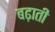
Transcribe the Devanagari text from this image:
बढ़ातीं